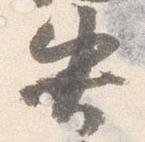
失